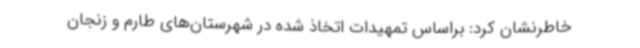
خاطرنشان کرد: براساس تمهیدات اتخاذ شده در شهرستان‌های طارم و زنجان